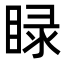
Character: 睩